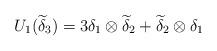
LaTeX: \begin{align*}U_1(\widetilde\delta_3)=3\delta_1\otimes\widetilde\delta_2+\widetilde\delta_2\otimes\delta_1\end{align*}